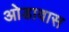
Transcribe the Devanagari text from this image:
ओडावास